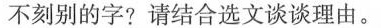
不刻别的字？请结合选文谈谈理由。